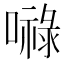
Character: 𭋙